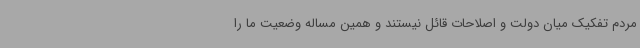
مردم تفکیک میان دولت و اصلاحات قائل نیستند و همین مساله وضعیت ما را